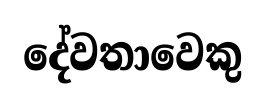
දේවතාවෙකු